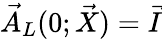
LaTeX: \vec{A}_{L}(0;\vec{X})=\vec{I}